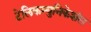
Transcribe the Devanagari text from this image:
टेलिकम्युनिकेशंस